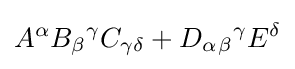
A^{\alpha }B_{\beta }{}^{\gamma }C_{\gamma \delta }+D_{\alpha }{}_{\beta }{}^{\gamma }E^{\delta }